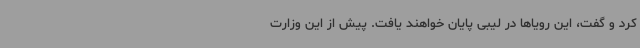
کرد و گفت، این رویاها در لیبی پایان خواهند یافت. پیش از این وزارت